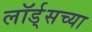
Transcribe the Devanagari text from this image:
लॉर्ड्‌सच्या